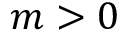
m > 0